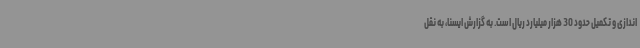
اندازی و تکمیل حدود 30 هزار میلیارد ریال است. به گزارش ایسنا، به نقل